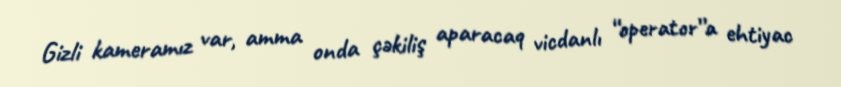
Gizli kameramız var, amma onda çəkiliş aparacaq vicdanlı “operator”a ehtiyac